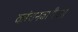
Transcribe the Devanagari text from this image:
कांचनबारीच्या